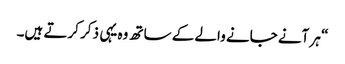
“ ہر آنے جانے والے کے ساتھ وہ یہی ذکر کرتے ہیں۔